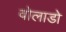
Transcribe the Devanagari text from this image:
वोलाडो